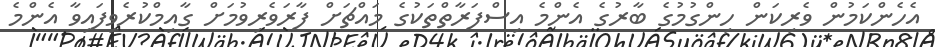
އެހެންކަމުން ވެރިކަން ހިންގުމުގެ ބާރުގެ އެންމެ އިސްފަރާތްތަކުގެ މައްޗަށް ފާރަވެރިވުމަށް ގާއިމްކުރެވިފައިވާ އެންމެ